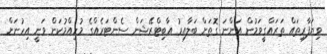
ވިޔަފާރިތައް ތަރައްގީވަމުން އަންނަ ގޮތަށް ބަލާއިރު އާބިޓްރޭޝަން ސެންޓަރެއްގެ މުހިއްމުކަން ވަނީ އިހުނަށް